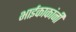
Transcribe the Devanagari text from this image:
भाईकाकांनी